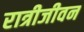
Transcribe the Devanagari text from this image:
रात्रीजीवन